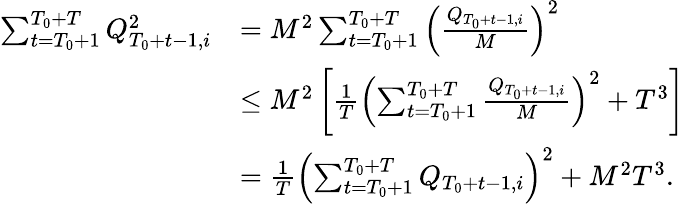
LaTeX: \begin{array}{rl}{\sum_{t=T_{0}+1}^{T_{0}+T}Q_{T_{0}+t-1,i}^{2}}&{=M^{2}\sum_{t=T_{0}+1}^{T_{0}+T}\left(\frac{Q_{T_{0}+t-1,i}}M\right)^{2}}\\ &{\le M^{2}\left[\frac 1T\left(\sum_{t=T_{0}+1}^{T_{0}+T}\frac{Q_{T_{0}+t-1,i}}M\right)^{2}+T^{3}\right]}\\ &{=\frac 1T\left(\sum_{t=T_{0}+1}^{T_{0}+T}Q_{T_{0}+t-1,i}\right)^{2}+M^{2}T^{3}.}\end{array}